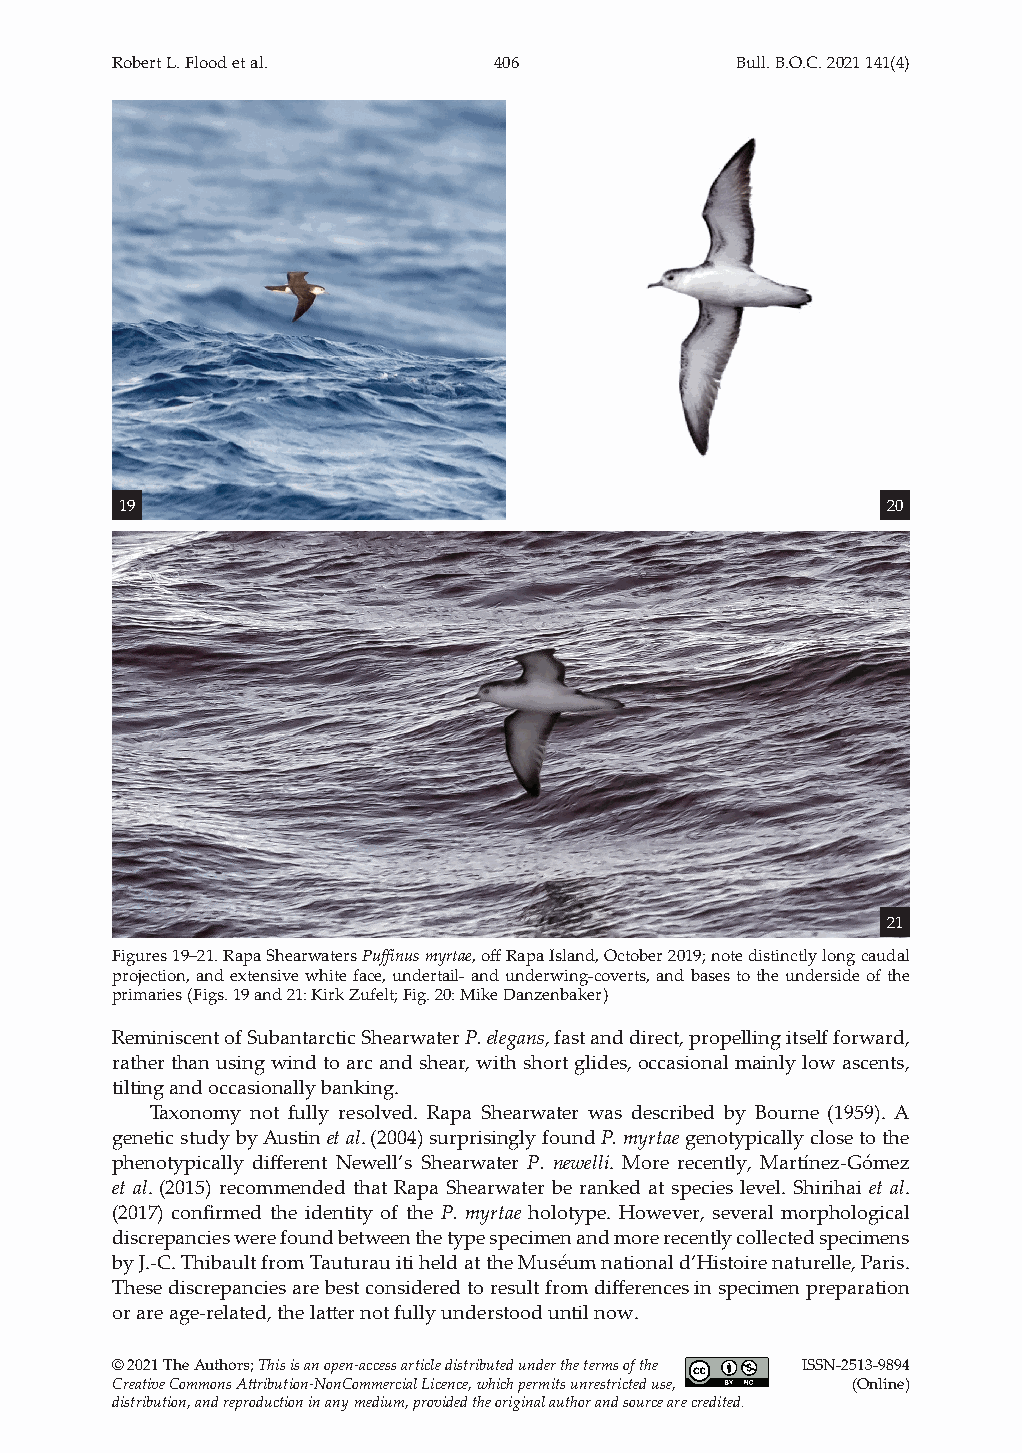
Robert L. Flood et al.    406             Bull. B.O.C. 2021 141(4)
 19                                                 20
 21
 Figures 19–21. Rapa Shearwaters Puffinus myrtae, off Rapa Island, October 2019; note distinctly long caudal
 projection, and extensive white face, undertail- and underwing-coverts, and bases to the underside of the
 primaries (Figs. 19 and 21: Kirk Zufelt; Fig. 20: Mike Danzenbaker)
 Reminiscent of Subantarctic Shearwater P. elegans, fast and direct, propelling itself forward,
 rather than using wind to arc and shear, with short glides, occasional mainly low ascents,
 tilting and occasionally banking.
 Taxonomy not fully resolved. Rapa Shearwater was described by Bourne (1959). A
 genetic study by Austin et al. (2004) surprisingly found P. myrtae genotypically close to the
 phenotypically different Newell’s Shearwater P. newelli. More recently, Martínez-Gómez
 et al. (2015) recommended that Rapa Shearwater be ranked at species level. Shirihai et al.
 (2017) confirmed the identity of the P. myrtae holotype. However, several morphological
 discrepancies were found between the type specimen and more recently collected specimens
 by J.-C. Thibault from Tauturau iti held at the Muséum national d’Histoire naturelle, Paris.
 These discrepancies are best considered to result from differences in specimen preparation
 or are age-related, the latter not fully understood until now.
 © 2021 The Authors; This is an open‐access article distributed under the terms of the ISSN-2513-9894
 Creative Commons Attribution‐NonCommercial Licence, which permits unrestricted use, (Online)
 distribution, and reproduction in any medium, provided the original author and source are credited.